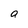
Character: a